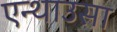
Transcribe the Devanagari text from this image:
एन्थाउसा